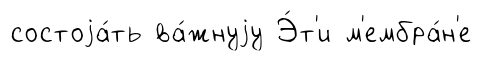
состоjа́ть ва́жнуjу Э́т'и м'ембра́н'е